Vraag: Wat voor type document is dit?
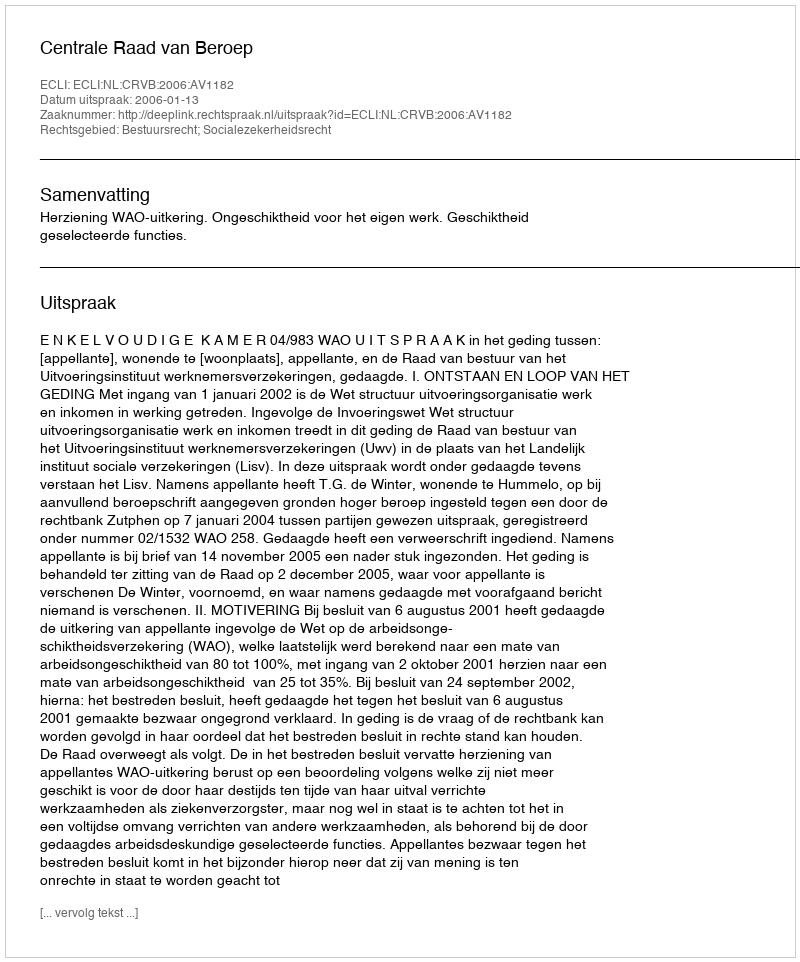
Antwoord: Uitspraak